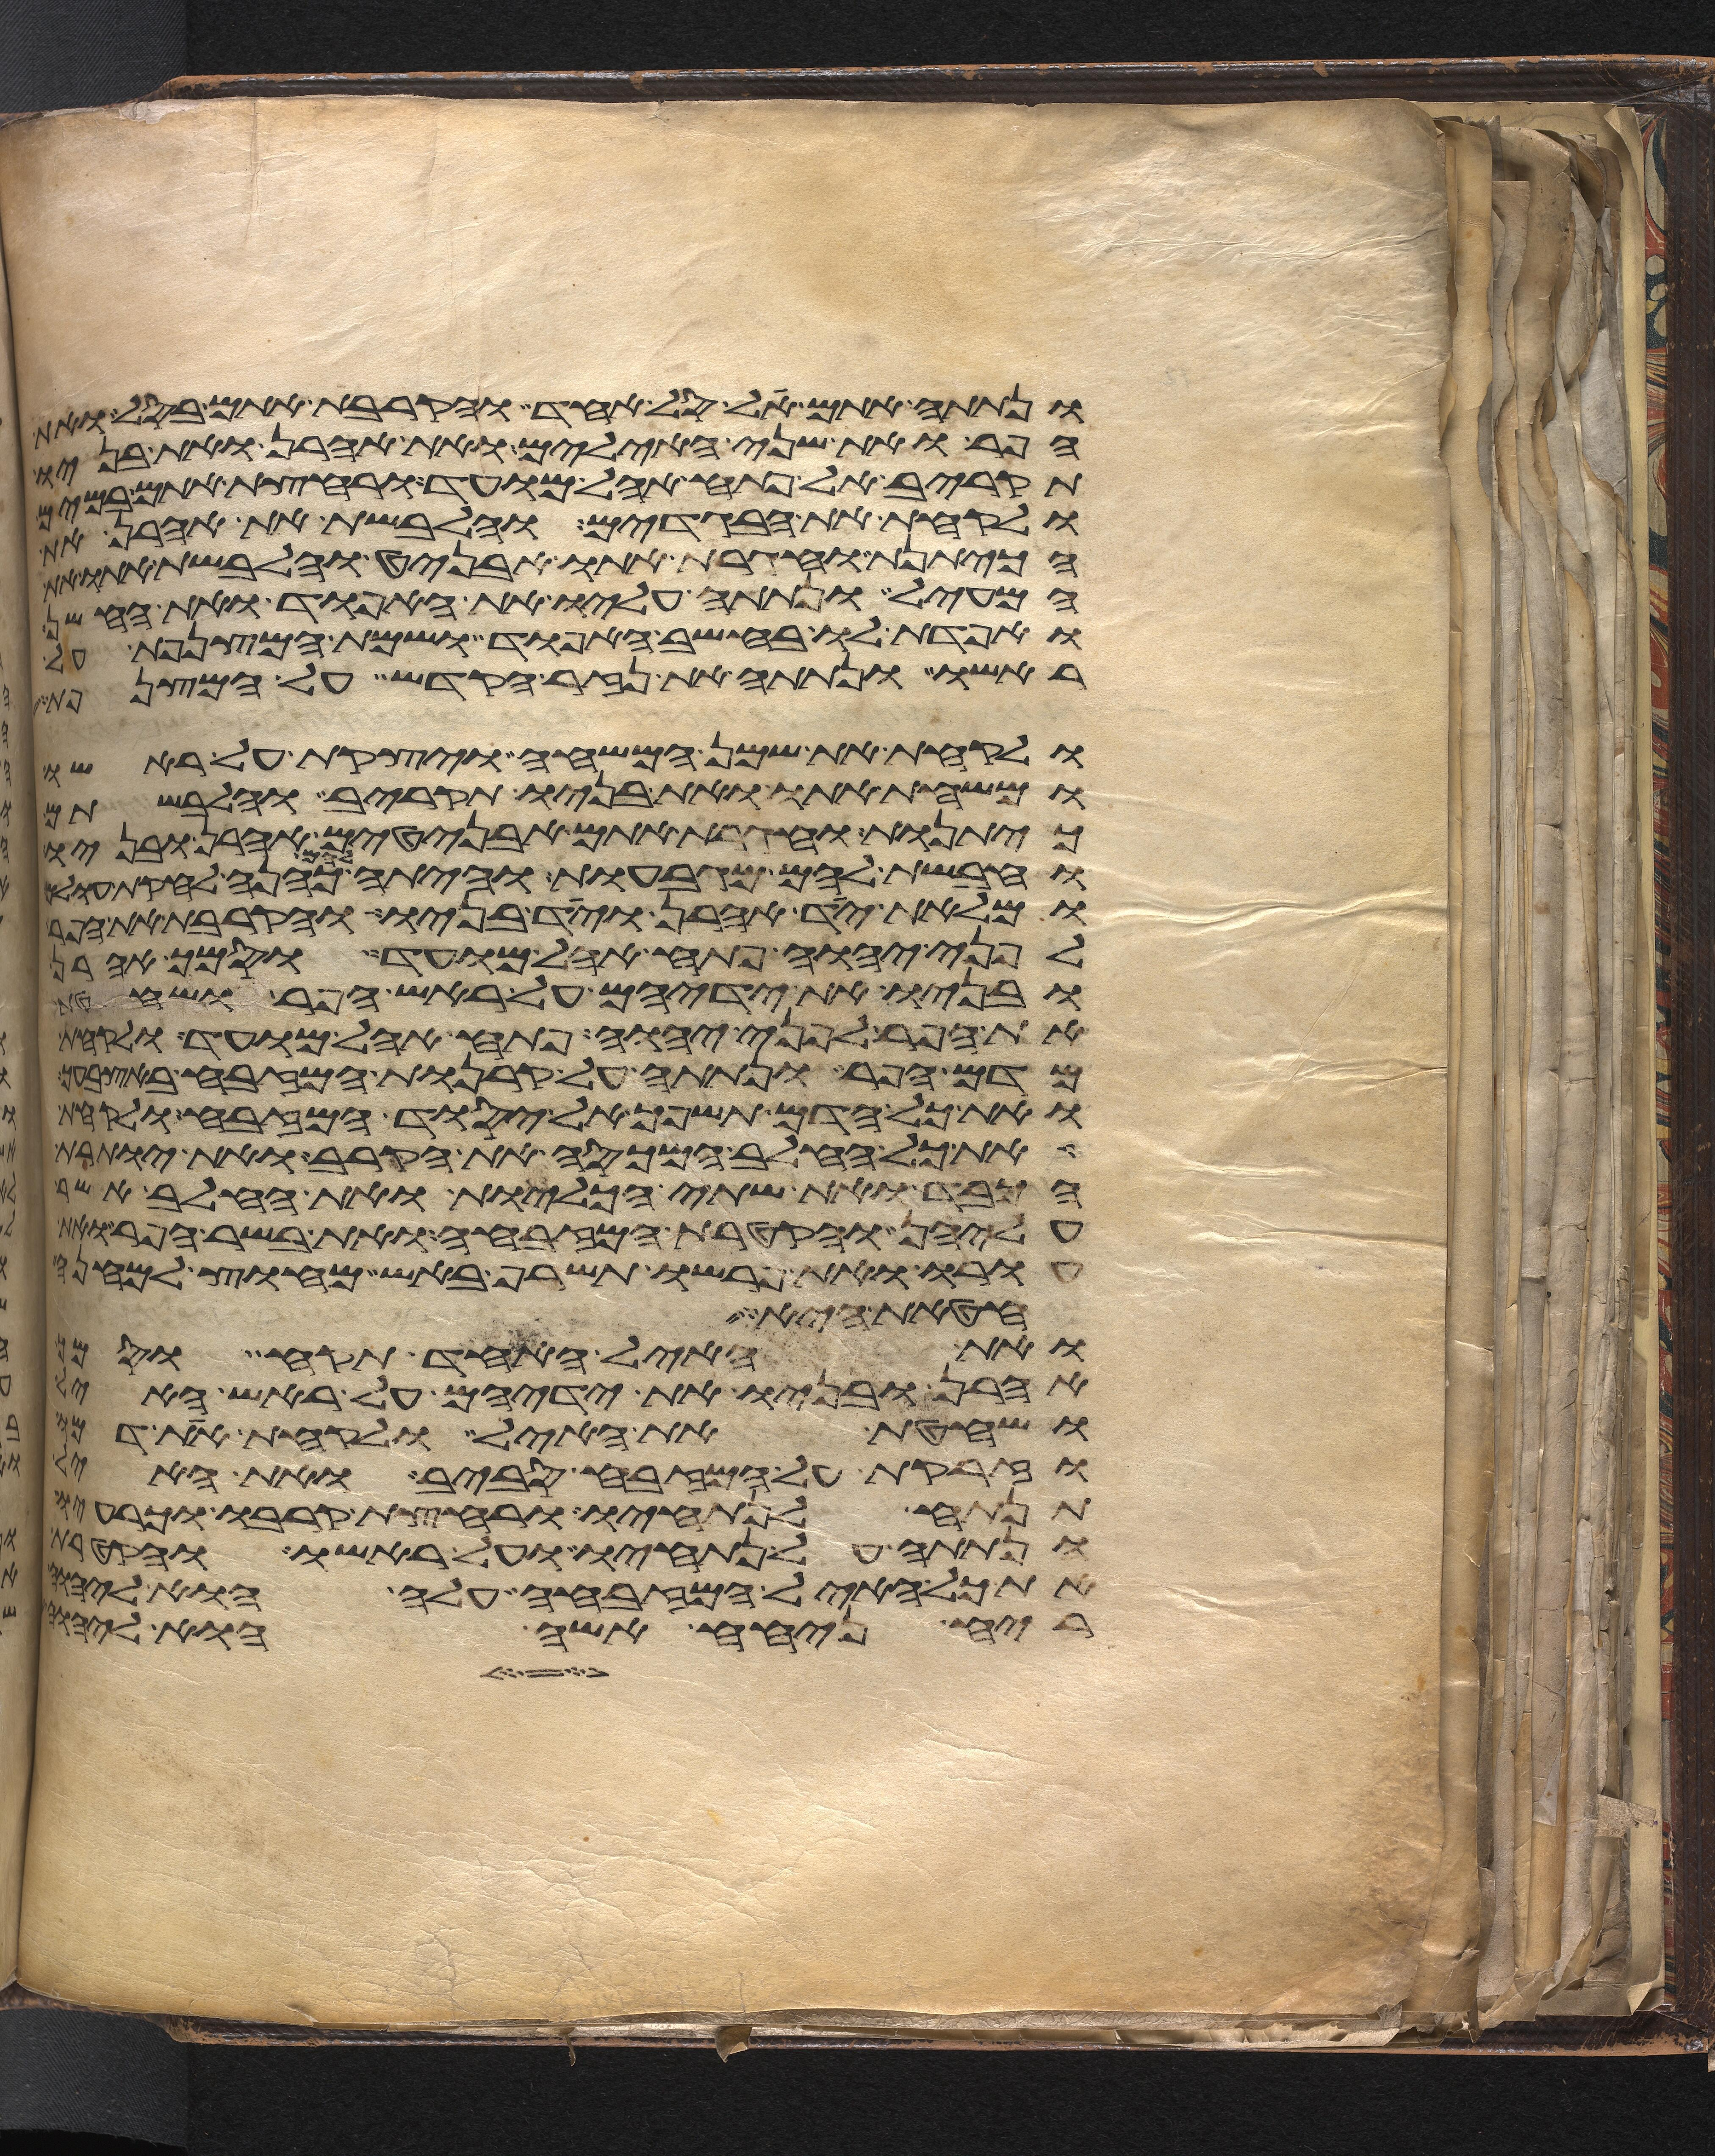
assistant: ונתתה אתם על סל אחד והקרבת אתם בסל ואת
הפר ואת שני האילים ואת אהרן ואת בניו
תקריב אל פתח אהל מועד ורחצת אתם במים
ולקחת את הבגדים והלבשת את אהרן את
הכיתנת וחגרת אתו אבניט והלבשת אתו
המעיל ונתתה עליו את האפוד ואת החשן
ואפדת לו בחשב האפוד ושמת המצנפת על
ראשו ונתתה את נזר הקדש על המצנפת
ולקחת את שמן המשחה ויצקת על ראשו
ומשחת אתו ואת בניו תקריב והלבשתם
כיתנות וחגרת אתם אבניטים אהרן ובניו
וחבשת להם מגבעות והיתה להם כהנה לחקת עולם
ומלאת יד אהרן ויד בניו והקרבת את הפר
לפני יהוה פתח אהל מועד וסמך אהרן
ובניו את ידיהם על ראש הפר ושחטת
את הפר לפני יהוה פתח אהל מועד ולקחת
מדם הפר ונתתה על קרנות המזבח באצבעך
ואת כל הדם תשפך אל יסוד המזבח ולקחת
את כל החלב המכסה את הקרב ואת יותרת
הכבד ואת שתי הכליות ואת החלב אשר
עליהן והקטרת המזבחה ואת בשר הפר ואת
עורו ואת פרשו תשרף באש מחוץ למחנה
חטאת היא
ואת האיל האחד תקח וסמך
אהרן ובניו את ידיהם על ראש האיל
ושחטת את האיל ולקחת את דמו
וזרקת על המזבח סביב ואת האיל
תנתח לנתחיו ורחצת קרבו וכרעיו
ונתתה על נתחיו ועל ראשו והקטרת
את כל האיל המזבחה עלה הוא ליהוה
ריח ניחח אשה הוא ליהוה